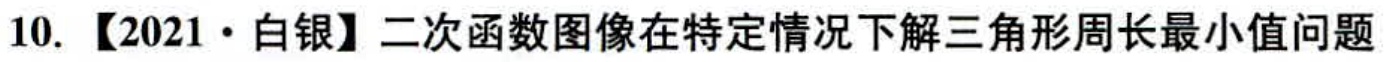
10. 【2021·白银】二次函数图像在特定情况下解三角形周长最小值问题